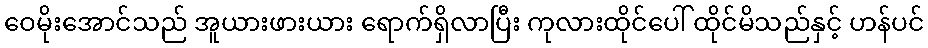
ဝေမိုးအောင်သည် အူယားဖားယား ရောက်ရှိလာပြီး ကုလားထိုင်ပေါ် ထိုင်မိသည်နှင့် ဟန်ပင်